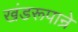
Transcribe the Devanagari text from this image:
खंडरूपान्रे